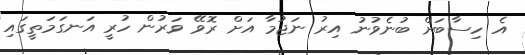
އެ ހިސާބަށް ބުނެވުނު އިރު ނަޖުމާ އަށް ރޮވޭ ވަރުން ހުރީ އަނގަމަތީގައި